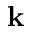
\mathbf { k }